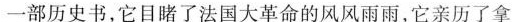
一部历史书，它目睹了法国大革命的风风雨雨，它亲历了拿